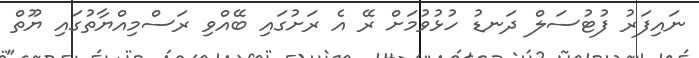
ނައިފަރު ފުޓުސަލް ދަނޑު ހުޅުވުމަށް ރޭ އެ ރަށުގައި ބޭއްވި ރަސްމިއްޔާތުގައި ޔޫތް